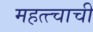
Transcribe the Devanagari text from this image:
महत्त्चाची